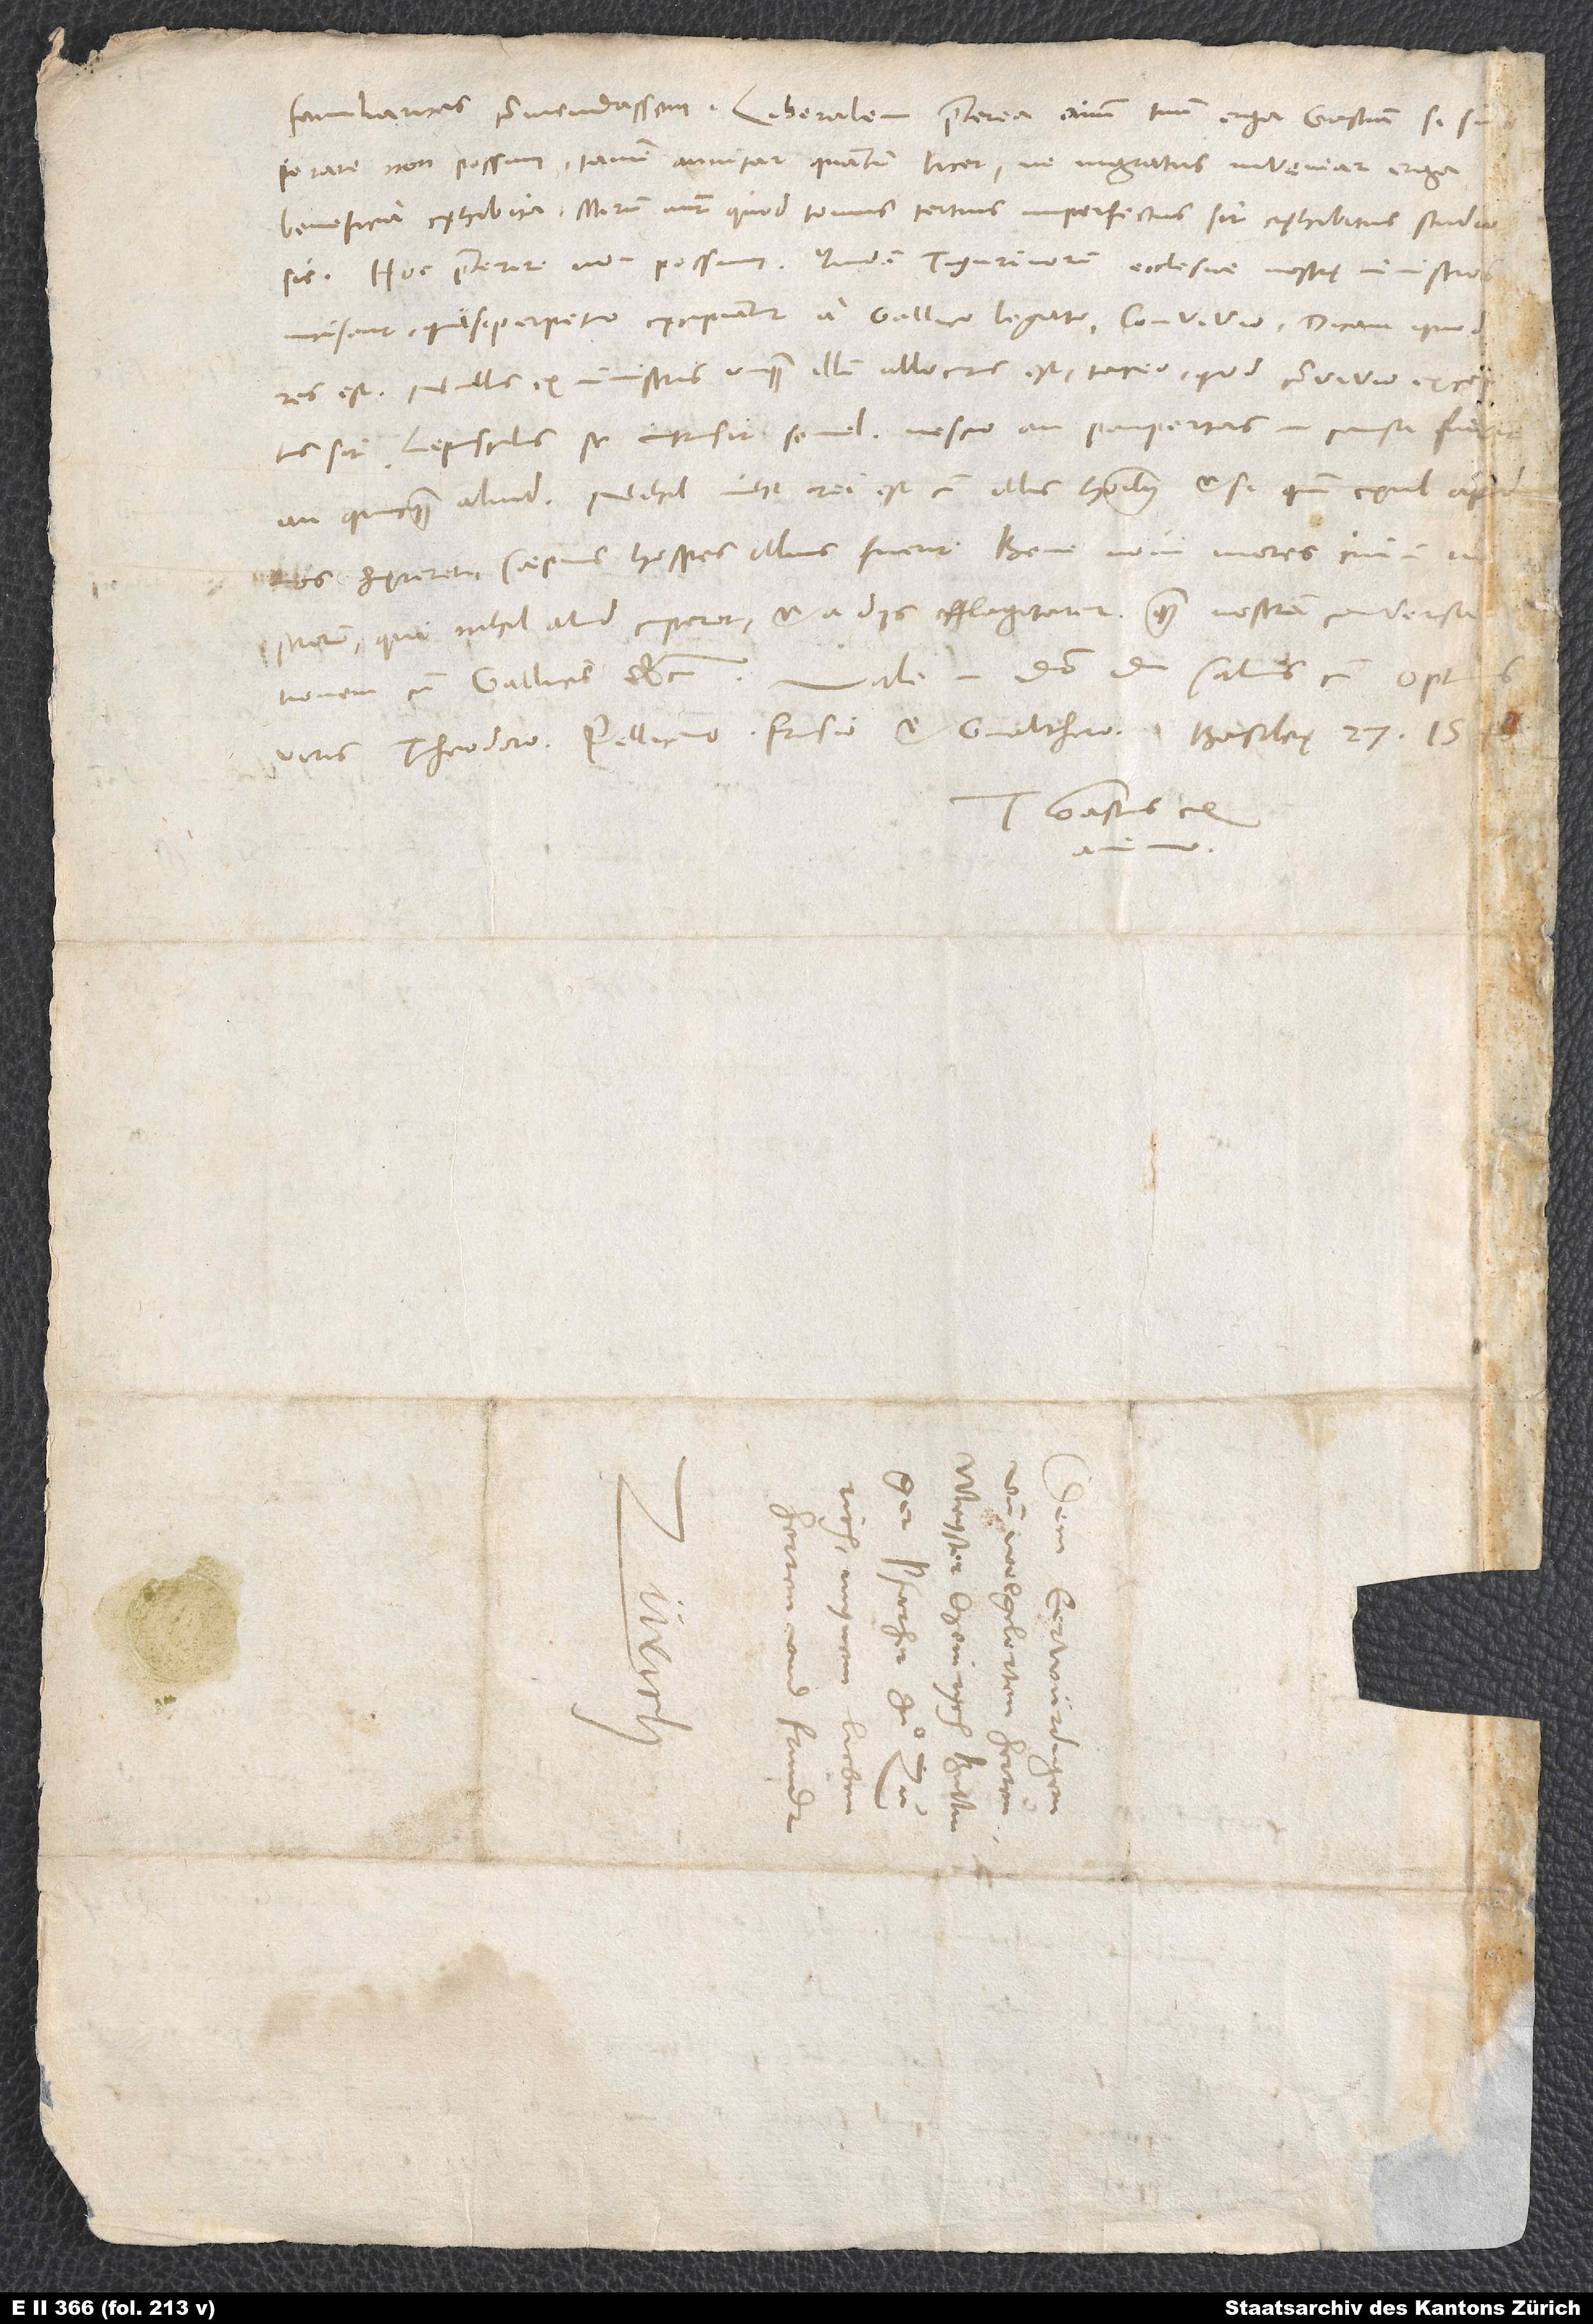
superare non possum, tamen annitar, quantum licet, ne ingratus inveniar erga
beneficia exhibita. Mirum autem, quod tomus tertius imperfectus sit exhibitus studi
accusant, quasi perpetuo excipiantur a Gallico legato convivio.
res est: Nullus ex ministris unquam illum allocutus est; taceo, quod convivio excestrorum,
nihil aliud cuperent et a diis efflagitarent quam nostram conversationem
Gastius ex
15.